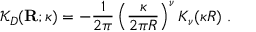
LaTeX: { \mathcal K } _ { { D } } ( { \bf R } ; \kappa ) = - \frac { 1 } { 2 \pi } \left( \frac { \kappa } { 2 \pi R } \right) ^ { \nu } K _ { \nu } ( \kappa R ) \; .